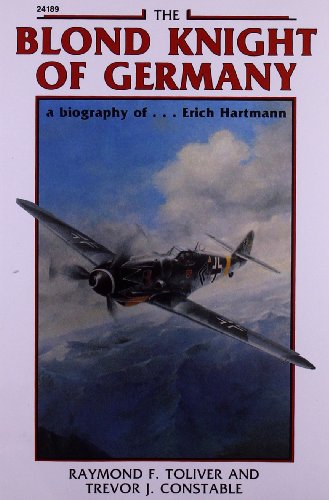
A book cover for The Blond Knight of Germany: A biography of Erich Hartmann; Raymond Toliver; History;